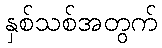
နှစ်သစ်အတွက်